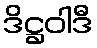
ဒိဋ္ဌဝါဒီ